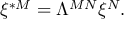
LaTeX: \xi ^ { * M } = \Lambda ^ { M N } \xi ^ { N } .